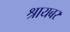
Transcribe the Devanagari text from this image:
श्रायबर